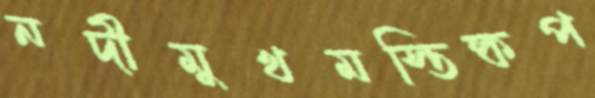
নদীমুখমস্তিষ্কপ